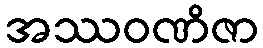
အဿဝဏိဇာ